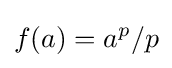
f(a)=a^{p}/p